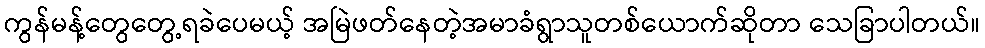
ကွန်မန့်တွေတွေ့ရခဲပေမယ့် အမြဲဖတ်နေတဲ့အမာခံရွာသူတစ်ယောက်ဆိုတာ သေခြာပါတယ်။